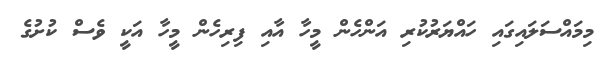
މިމައްސަލައިގައި ހައްޔަރުކުރި އަންހެން މީހާ އާއި ފިރިހެން މީހާ އަކީ ވެސް ކުށުގެ